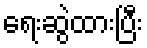
ရေးဆွဲထားပြီး